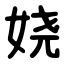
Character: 娆